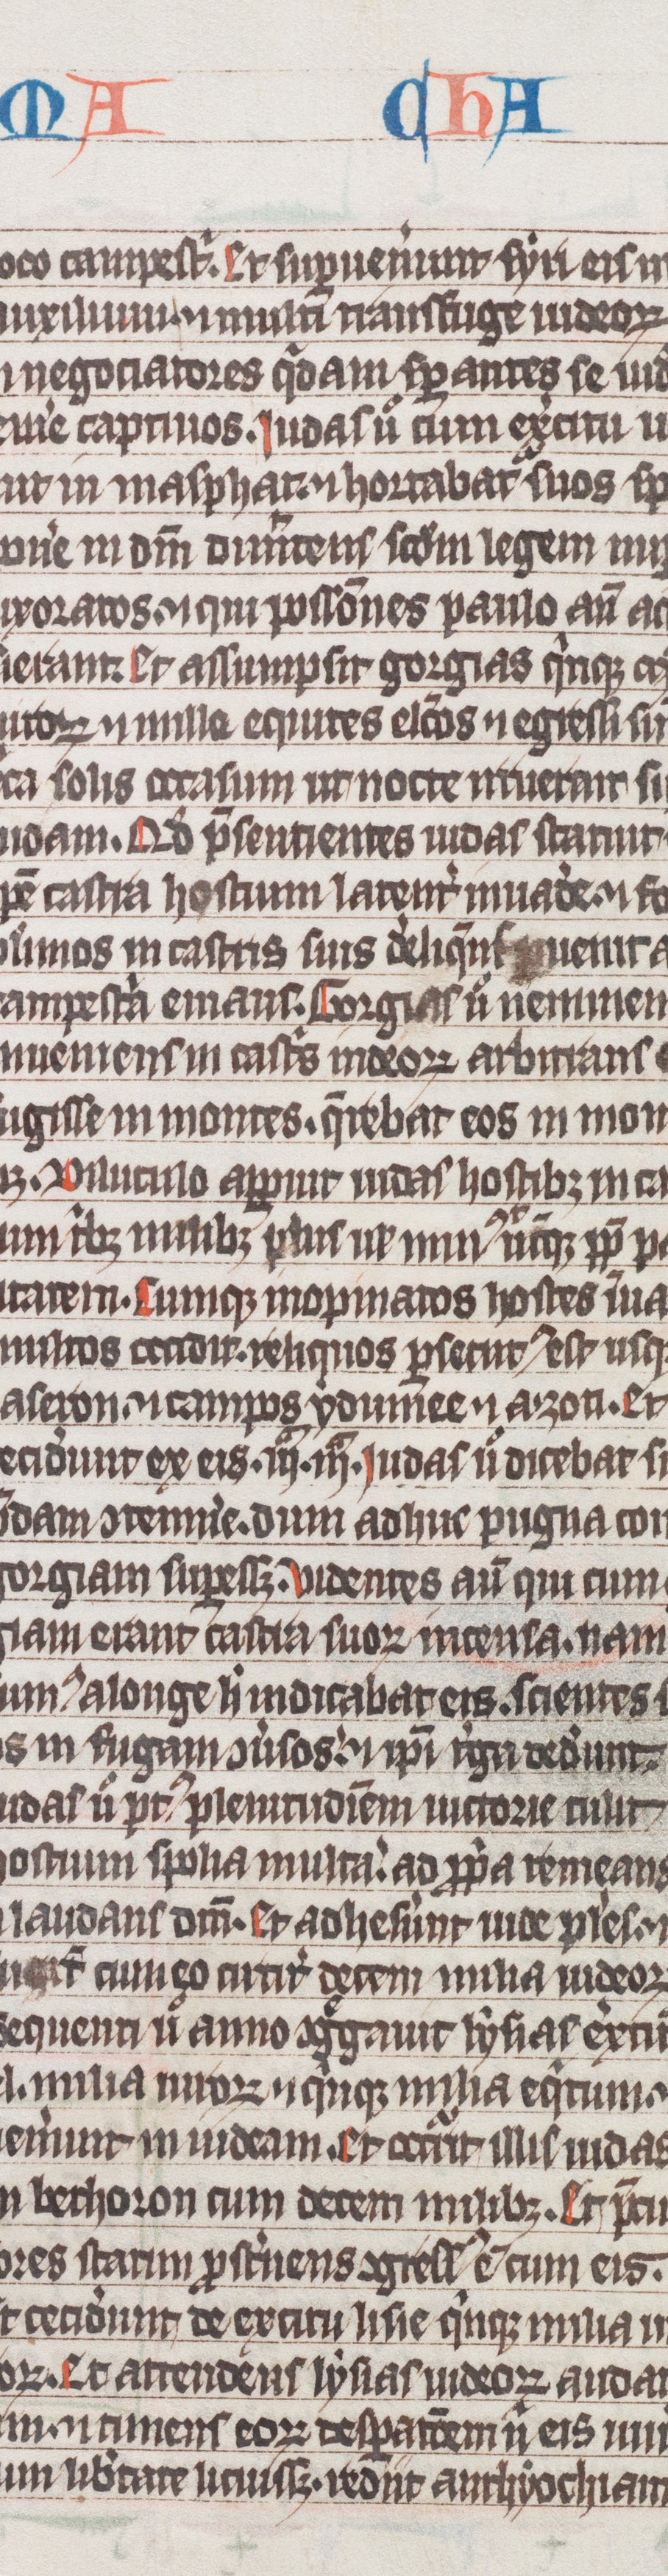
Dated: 1325–1349